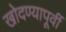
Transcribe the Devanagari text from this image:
खोदण्यापूर्वी